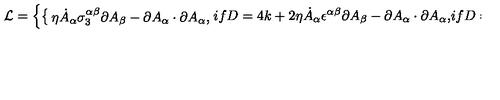
{ \cal L } = \left\{ \begin{cases} { \eta \dot { A } _ { \alpha } \sigma _ { 3 } ^ { \alpha \beta } \partial A _ { \beta } - \partial A _ { \alpha } \cdot \partial A _ { \alpha } , } & { i f D = 4 k + 2 } \\ { \eta \dot { A } _ { \alpha } \epsilon ^ { \alpha \beta } \partial A _ { \beta } - \partial A _ { \alpha } \cdot \partial A _ { \alpha } , } & { i f D = 4 k } \\ \end{cases} \right.